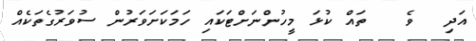
އަދި  ވެ   ތައް ކުޅަ މީހުންނަށްޓަކައި ހަމަކަށަވަރުން ސުވަރުގެތަކެއް